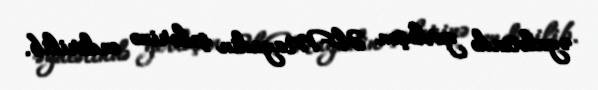
əyalətində yerləşən Əl-Mayadin şəhərinə endirilib.